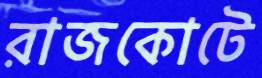
রাজকোটে